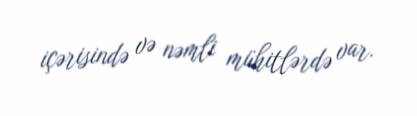
içərisində və nəmli mühitlərdə var.